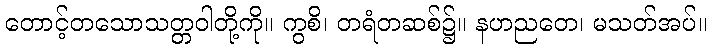
တောင့်တသောသတ္တဝါတို့ကို။ ကွစိ၊ တရံတဆစ်၌။ နဟညတေ၊ မသတ်အပ်။